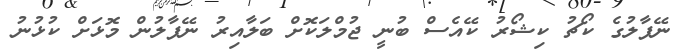
ނޭޕާލުގެ ކޯޗު ކިޝޯރު ކޭއެސް ބުނީ ޖުމްލަކޮށް ބަލާއިރު ނޭޕާލުން މޮޅަށް ކުޅުނު